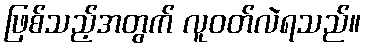
ဖြစ်သည့်အတွက် လူဝတ်လဲရသည်။